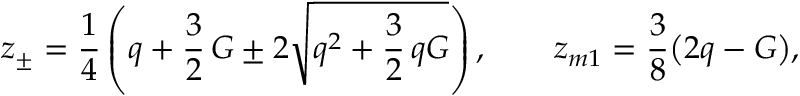
\begin{array} { l } { \displaystyle { z _ { \pm } = \frac { 1 } { 4 } \left( q + \frac { 3 } { 2 } \, G \pm 2 \sqrt { q ^ { 2 } + \frac { 3 } { 2 } \, q G } \right) , \qquad z _ { m 1 } = \frac { 3 } { 8 } \big ( 2 q - G \big ) , } } \end{array}